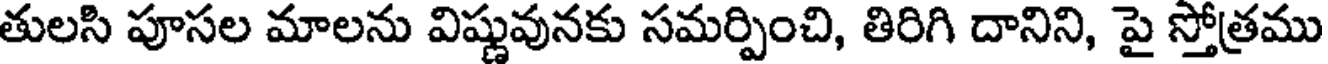
తులసి పూసల మాలను విష్ణువునకు సమర్పించి, తిరిగి దానిని, పై స్తోత్రము